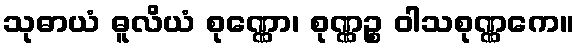
သုဓာယံ ဓူလိယံ စုဏ္ဏော၊ စုဏ္ဏဉ္စ ဝါသစုဏ္ဏကေ။